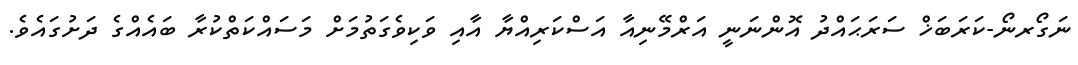
ނަގޯރނޯ-ކަރަބަޚް ސަރަޙައްދު އޮންނަނީ އަރްމޭނިއާ އަސްކަރިއްޔާ އާއި ވަކިވެގަތުމަށް މަސައްކަތްކުރާ ބައެއްގެ ދަށުގައެވެ.